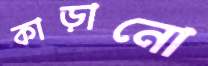
কাড়ানো